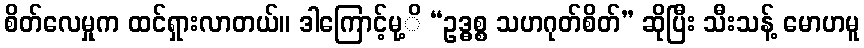
စိတ်လေမှုက ထင်ရှားလာတယ်။ ဒါကြောင့်မု့ိ “ဥဒ္ဓစ္စ သဟဂုတ်စိတ်” ဆိုပြီး သီးသန့် မောဟမူ